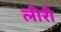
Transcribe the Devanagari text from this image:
लीरी